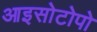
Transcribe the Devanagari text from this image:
आइसोटोपो